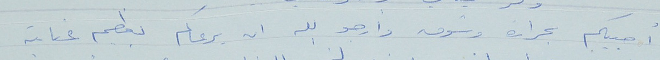
أحييكم بحرارة وشوق وأرجو الله ان يرعاكم بعظيم عنايته